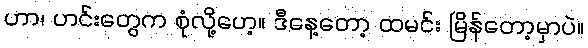
ဟာ၊ ဟင်းတွေက စုံလို့ဟေ့။ ဒီနေ့တော့ ထမင်း မြိန်တော့မှာပဲ။